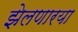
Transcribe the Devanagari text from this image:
झेलणारया